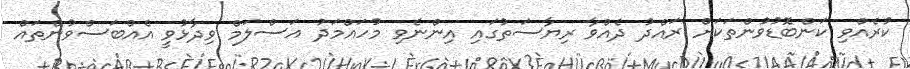
ކުރެއްވި ކަންބޮޑުވުންތަކަށް ރައްދު ދެއްވާ ރިޔާސަތުގައި އިންނެވި މުހައްމަދު އަސްލަމް ވިދާޅުވީ އެއްބަސްވުންތައް